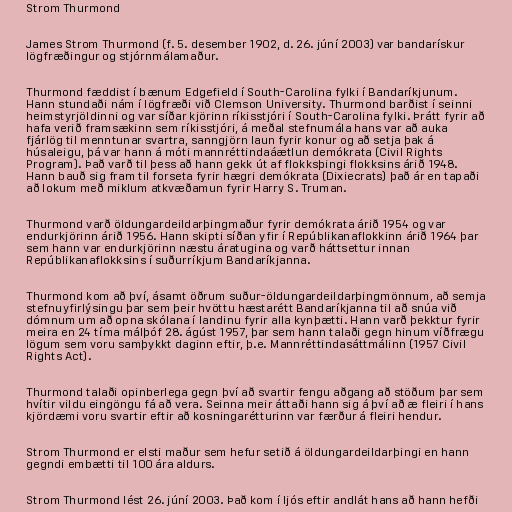
Strom Thurmond

James Strom Thurmond (f. 5. desember 1902, d. 26. júní 2003) var bandarískur
lögfræðingur og stjórnmálamaður.

Thurmond fæddist í bænum Edgefield í South-Carolina fylki í Bandaríkjunum.
Hann stundaði nám í lögfræði við Clemson University. Thurmond barðist í seinni
heimstyrjöldinni og var síðar kjörinn ríkisstjóri í South-Carolina fylki. Þrátt fyrir að
hafa verið framsækinn sem ríkisstjóri, á meðal stefnumála hans var að auka
fjárlög til menntunar svartra, sanngjörn laun fyrir konur og að setja þak á
húsaleigu, þá var hann á móti mannréttindaáætlun demókrata (Civil Rights
Program). Það varð til þess að hann gekk út af flokksþingi flokksins árið 1948.
Hann bauð sig fram til forseta fyrir hægri demókrata (Dixiecrats) það ár en tapaði
að lokum með miklum atkvæðamun fyrir Harry S. Truman.

Thurmond varð öldungardeildarþingmaður fyrir demókrata árið 1954 og var
endurkjörinn árið 1956. Hann skipti síðan yfir í Repúblikanaflokkinn árið 1964 þar
sem hann var endurkjörinn næstu áratugina og varð háttsettur innan
Repúblikanaflokksins í suðurríkjum Bandaríkjanna.

Thurmond kom að því, ásamt öðrum suður-öldungardeildarþingmönnum, að semja
stefnuyfirlýsingu þar sem þeir hvöttu hæstarétt Bandaríkjanna til að snúa við
dómnum um að opna skólana í landinu fyrir alla kynþætti. Hann varð þekktur fyrir
meira en 24 tíma málþóf 28. ágúst 1957, þar sem hann talaði gegn hinum víðfrægu
lögum sem voru samþykkt daginn eftir, þ.e. Mannréttindasáttmálinn (1957 Civil
Rights Act).

Thurmond talaði opinberlega gegn því að svartir fengu aðgang að stöðum þar sem
hvítir vildu eingöngu fá að vera. Seinna meir áttaði hann sig á því að æ fleiri í hans
kjördæmi voru svartir eftir að kosningarétturinn var færður á fleiri hendur.

Strom Thurmond er elsti maður sem hefur setið á öldungardeildarþingi en hann
gegndi embætti til 100 ára aldurs.

Strom Thurmond lést 26. júní 2003. Það kom í ljós eftir andlát hans að hann hefði